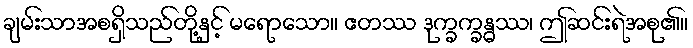
ချမ်းသာအစရှိသည်တို့နှင့် မရောသော။ ဧတဿ ဒုက္ခက္ခန္ဓဿ၊ ဤဆင်းရဲအစု၏။